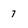
Character: 7